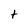
Character: t